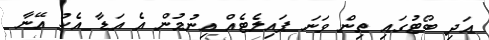
އަދި ބޯޓުގައި ތިން ވަނަ ޕައިލެޓެއް އިނުމުން އެ އަޑާ އެކު އޭނާ